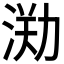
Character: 𣷃